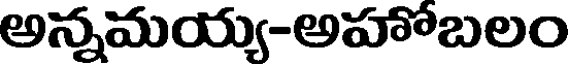
అన్నమయ్య-అహోబలం